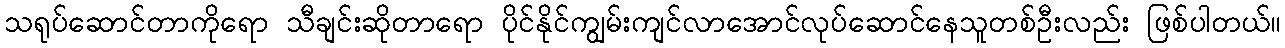
သရုပ်ဆောင်တာကိုရော သီချင်းဆိုတာရော ပိုင်နိုင်ကျွမ်းကျင်လာအောင်လုပ်ဆောင်နေသူတစ်ဦးလည်း ဖြစ်ပါတယ်။